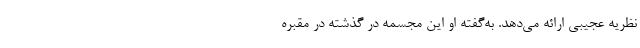
نظریه عجیبی ارائه می‌دهد. به‌گفته او این مجسمه در گذشته در مقبره